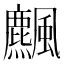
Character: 𩙒